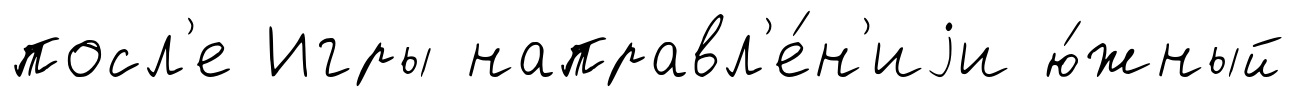
посл'е Игры направл'е́н'иjи ю́жный